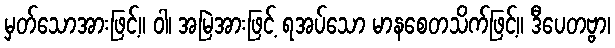
မှတ်သောအားဖြင့်။ ဝါ၊ အမြဲအားဖြင့် ရအပ်သော မာနစေတသိက်ဖြင့်။ ဒီပေတဗ္ဗာ၊